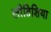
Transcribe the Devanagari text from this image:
लीतिशिया